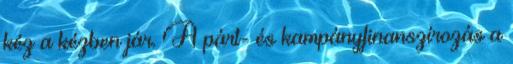
kéz a kézben jár. A párt- és kampányfinanszírozás a